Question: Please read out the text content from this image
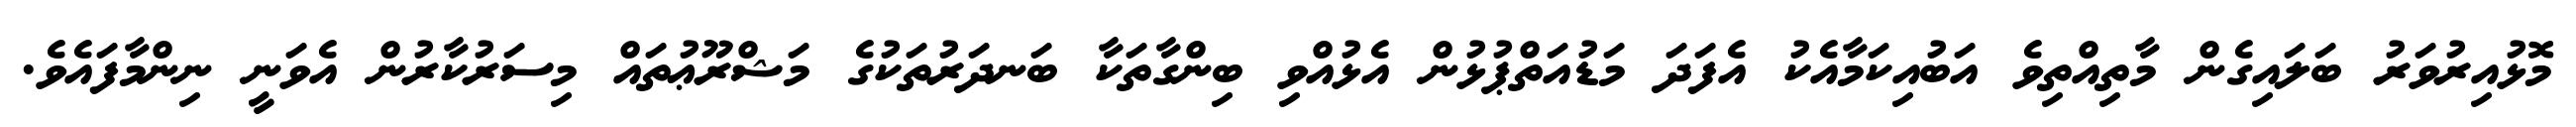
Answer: މޮޅުއިރުވަރު ބަލައިގެން މާތިއްތިވެ އަބުއިކަމާއެކު އެފަދަ މަޑުއަތްޕުޅުން އެޅުއްވި ބިންގާތަކާ ބަނދަރުތަކުގެ މަޝްރޫޢުތައް މިސަރުކާރުން އެވަނީ ނިންމާފައެވެ.